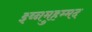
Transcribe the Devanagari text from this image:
इब्नमुहम्मद